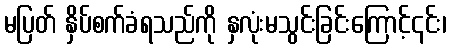
မပြတ် နှိပ်စက်ခံရသည်ကို နှလုံးမသွင်းခြင်းကြောင့်၎င်း၊